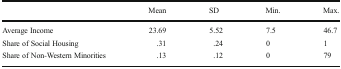
<table><thead><tr><td></td><td><b>Mean</b></td><td><b>SD</b></td><td><b>Min.</b></td><td><b>Max.</b></td></tr></thead><tbody><tr><td>Average Income</td><td>23.69</td><td>5.52</td><td>7.5</td><td>46.7</td></tr><tr><td>Share of Social Housing</td><td>.31</td><td>.24</td><td>0</td><td>1</td></tr><tr><td>Share of Non-Western Minorities</td><td>.13</td><td>.12</td><td>0</td><td>79</td></tr></tbody></table>